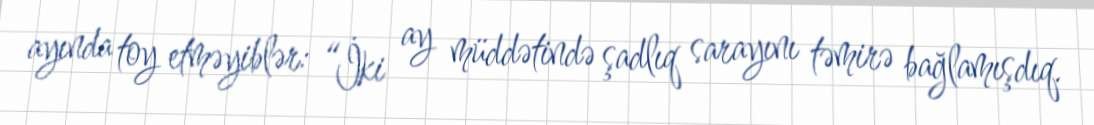
ayında toy etməyiblər: “İki ay müddətində şadlıq sarayını təmirə bağlamışdıq.